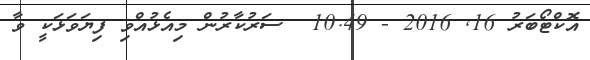
އޮކްޓޯބަރު 16